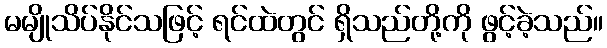
မမျိုသိပ်နိုင်သဖြင့် ရင်ထဲတွင် ရှိသည်တို့ကို ဖွင့်ခဲ့သည်။